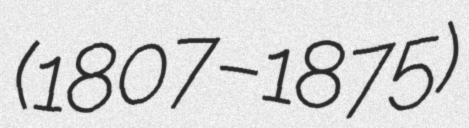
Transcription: (1807–1875)